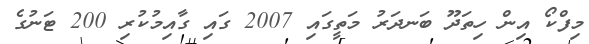
މިފްކޯ އިން ހިތަދޫ ބަނދަރު މަތީގައި 2007 ގައި ގާއިމުކުރި 200 ޓަނުގެ